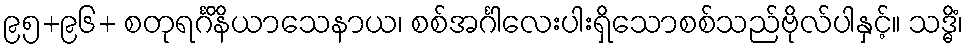
၉၅+၉၆+ စတုရင်္ဂိနိယာသေနာယ၊ စစ်အင်္ဂါလေးပါးရှိသောစစ်သည်ဗိုလ်ပါနှင့်။ သဒ္ဓိံ၊